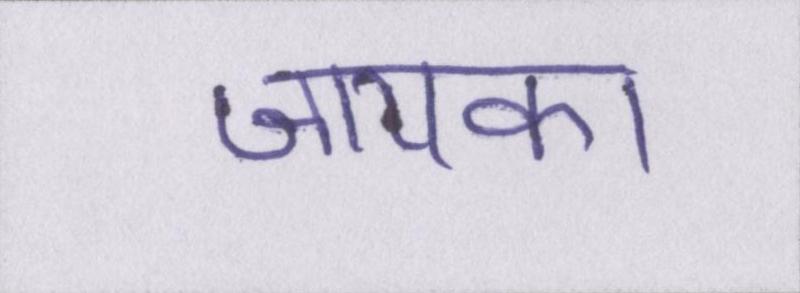
जायका